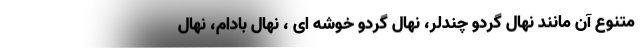
متنوع آن مانند نهال گردو چندلر، نهال گردو خوشه ای ، نهال بادام، نهال